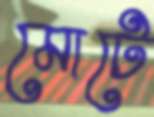
মোটে